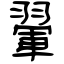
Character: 翬